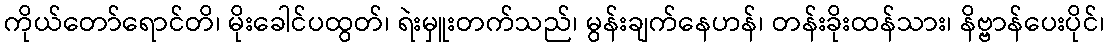
ကိုယ်တော်ရောင်တိ၊ မိုးခေါင်ပထွတ်၊ ရဲးမှူးတက်သည်၊ မွန်းချက်နေဟန်၊ တန်းခိုးထန်သား၊ နိဗ္ဗာန်ပေးပိုင်၊